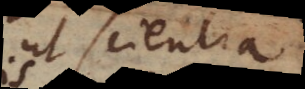
ut scientia